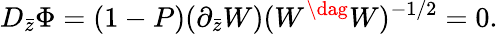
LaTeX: D_{\bar{z}}\Phi=(1-P)(\partial_{\bar{z}}W)(W^{\dag}W)^{-1/2}=0.